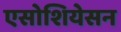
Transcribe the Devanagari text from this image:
एसोशियेसन